Indian journal of veterinary science and animal husbandry - Volume 9,
Year: 1939
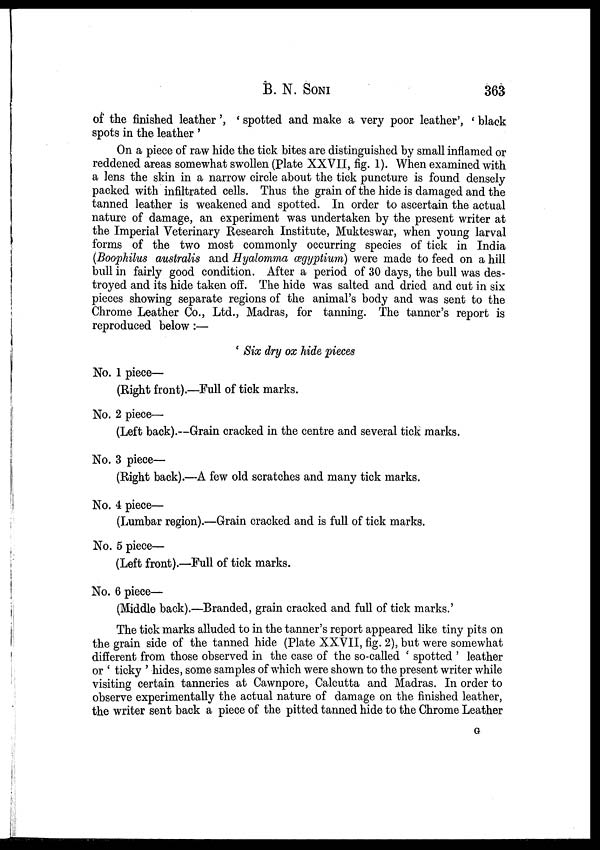
B. N.
SONI
363
of the finished leather ', ' spotted and make a very poor leather', ' black
spots in the leather '
On a piece of raw hide the tick bites are distinguished by small inflamed or
reddened areas somewhat swollen (Plate XXVII, fig. 1). When examined with
a lens the skin in a narrow circle about the tick puncture is found densely
packed with infiltrated cells. Thus the grain of the hide is damaged and the
tanned leather is weakened and spotted. In order to ascertain the actual
nature of damage, an experiment was undertaken by the present writer at
the Imperial Veterinary Research Institute, Mukteswar, when young larval
forms of the two most commonly occurring species of tick in India
(Boophilus australis and Hyalomma ægyptium) were made to feed on a hill
bull in fairly good condition. After a period of 30 days, the bull was des-
troyed and its hide taken off. The hide was salted and dried and cut in six
pieces showing separate regions of the animal's body and was sent to the
Chrome Leather Co., Ltd., Madras, for tanning. The tanner's report is
reproduced below :—
' Six dry ox hide pieces
No. 1 piece—
(Right front).—Full of tick marks.
No. 2 piece—
(Left back).—Grain cracked in the centre and several tick marks.
No. 3 piece—
(Right back).—A few old scratches and many tick marks.
No. 4 piece—
(Lumbar region).—Grain cracked and is full of tick marks.
No. 5 piece—
(Left front).—Full of tick marks.
No. 6 piece—
(Middle back).—Branded, grain cracked and full of tick marks.'
The tick marks alluded to in the tanner's report appeared like tiny pits on
the grain side of the tanned hide (Plate XXVII, fig. 2), but were somewhat
different from those observed in the case of the so-called ' spotted ' leather
or ' ticky ' hides, some samples of which were shown to the present writer while
visiting certain tanneries at Cawnpore, Calcutta and Madras. In order to
observe experimentally the actual nature of damage on the finished leather,
the writer sent back a piece of the pitted tanned hide to the Chrome Leather
G